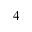
^ 4